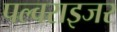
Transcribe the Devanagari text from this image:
पल्वराइजर